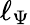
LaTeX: \ell_{\Psi}